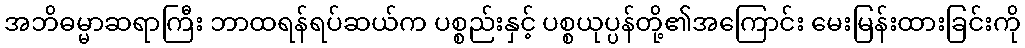
အဘိဓမ္မာဆရာကြီး ဘာထရန်ရပ်ဆယ်က ပစ္စည်းနှင့် ပစ္စယုပ္ပန်တို့၏အကြောင်း မေးမြန်းထားခြင်းကို